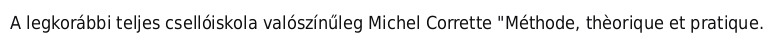
A legkorábbi teljes csellóiskola valószínűleg Michel Corrette "Méthode, thèorique et pratique.